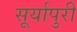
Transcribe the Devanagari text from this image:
सूर्यापुरी